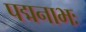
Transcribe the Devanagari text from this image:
पद्मनाभः